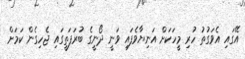
އޭގައި އެވަގުތު ހުރި މީހަކަށް އަނިޔާވެފައި ވަނީ ދޯނީގެ ބުރަފަތީގައި ޖެހިގެން ކަމަށް